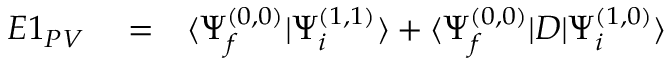
\begin{array} { r l r } { E 1 _ { P V } } & { { } = } & { \langle \Psi _ { f } ^ { ( 0 , 0 ) } | \Psi _ { i } ^ { ( 1 , 1 ) } \rangle + \langle \Psi _ { f } ^ { ( 0 , 0 ) } | D | \Psi _ { i } ^ { ( 1 , 0 ) } \rangle } \end{array}